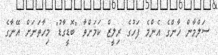
ސަލްމާން ޚާންގެ އެންމެ ފަހުގެ ރިލީޒް ކަމަށްވާ "ބޮޑީގާޑު" މިހާތަނަށް އޭނާގެ